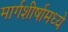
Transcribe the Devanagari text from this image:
मार्गशीर्षामध्ये